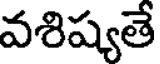
వశిష్యతే